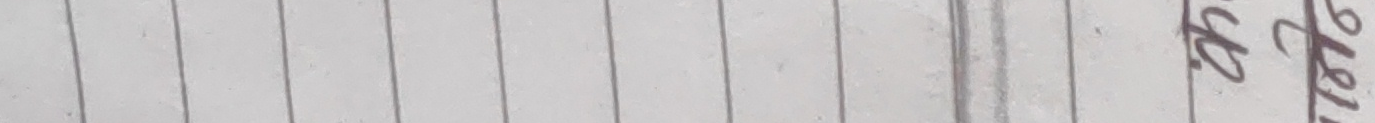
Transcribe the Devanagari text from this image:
टेली